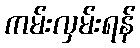
ကမ်းလှမ်းရန်